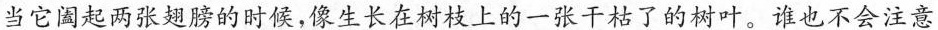
当它阖起两张翅膀的时候，像生长在树枝上的一张干枯了的树叶。谁也不会注意